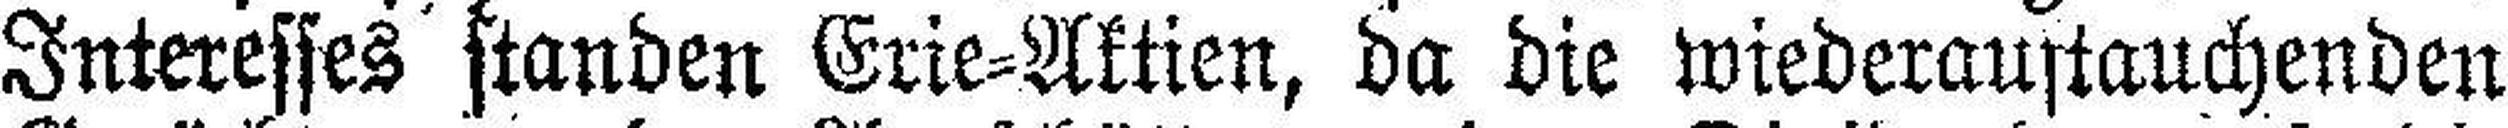
Interesses standen Erie=Aktien, da die wiederaustauchenden